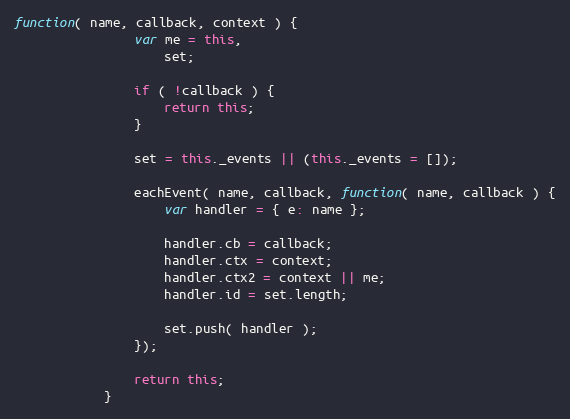
Language: JavaScript
function( name, callback, context ) {
                var me = this,
                    set;

                if ( !callback ) {
                    return this;
                }

                set = this._events || (this._events = []);

                eachEvent( name, callback, function( name, callback ) {
                    var handler = { e: name };

                    handler.cb = callback;
                    handler.ctx = context;
                    handler.ctx2 = context || me;
                    handler.id = set.length;

                    set.push( handler );
                });

                return this;
            }